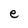
Character: e